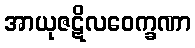
အာယုဇဋိလဝေက္ခဏာ